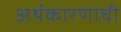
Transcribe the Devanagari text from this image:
अर्थकारणाची